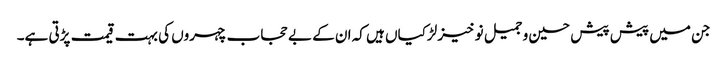
جن میں پیش پیش حسین و جمیل نو خیز لڑکیاں ہیں کہ ان کے بے حجاب چہروں کی بہت قیمت پڑتی ہے۔